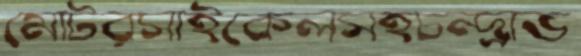
মোটরসাইকেলসহচন্দ্রাভ